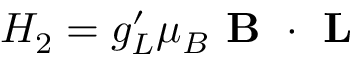
H _ { 2 } = g _ { L } ^ { \prime } \mu _ { B } \textbf { B } \cdot \textbf { L }